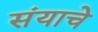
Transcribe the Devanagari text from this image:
संयाचे